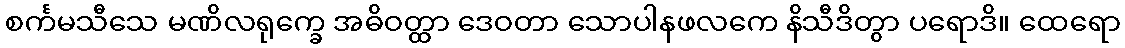
စင်္ကမသီသေ မဏိလရုက္ခေ အဓိဝတ္ထာ ဒေဝတာ သောပါနဖလကေ နိသီဒိတွာ ပရောဒိ။ ထေရော